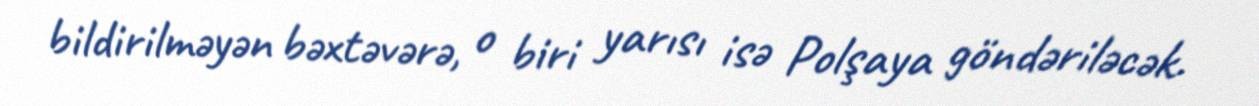
bildirilməyən bəxtəvərə, o biri yarısı isə Polşaya göndəriləcək.